DOW-UAP-D49, Launch Summary, Vandenberg AFB, 2000
Agency: Department of War
Incident date: 2/3/00
Page 17
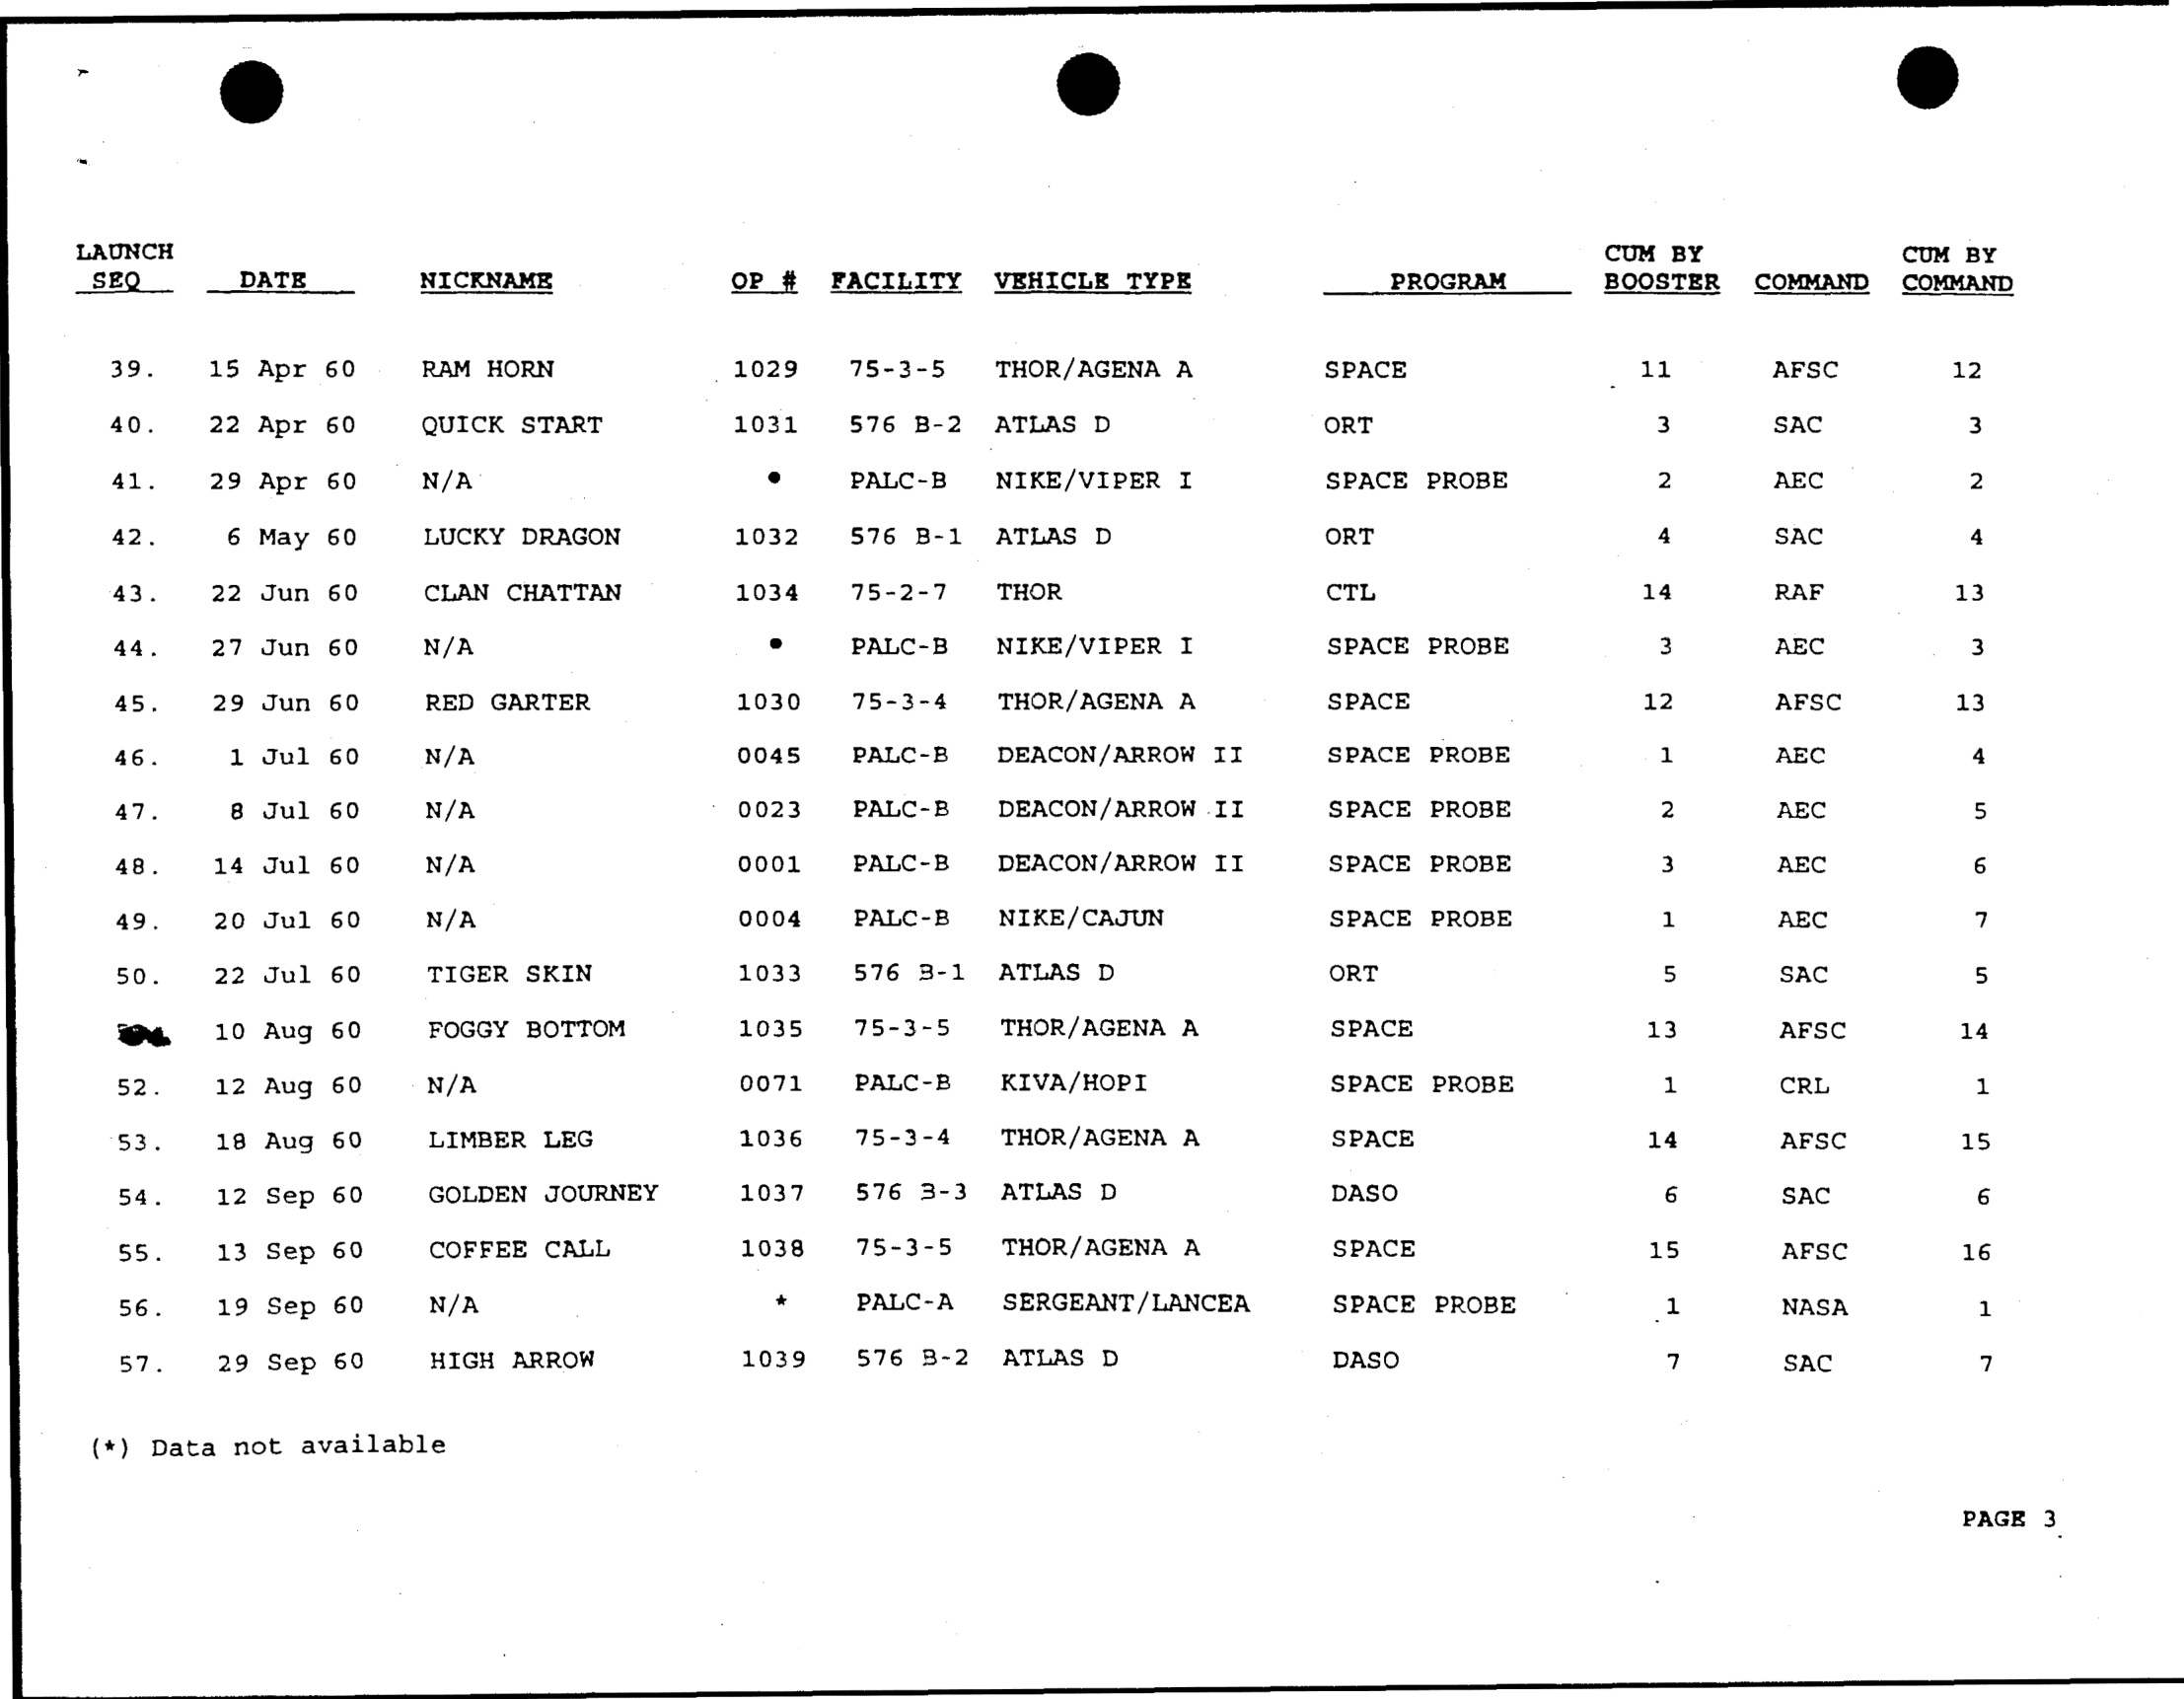